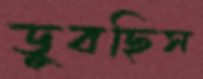
ডুবছিস